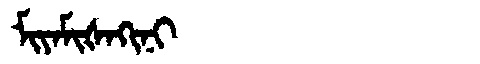
Manchu: ᠮᡳᠶᠠᠮᡳᡧᠠᡴᡳᠨᡳ
Romanization: MIYAMIŠAKINI